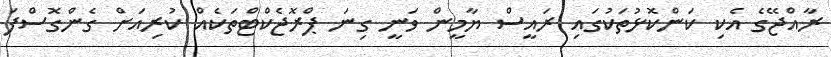
ރާއްޖޭގެ އެކި ކަންކޮޅުތަކުގައި ރައީސް ޔާމީން ވަނީ ގިނަ ޕްރޮޖެކްޓްތަކެއް ކުރިއަށް ގެންގޮސްފަ